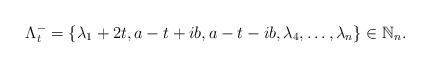
LaTeX: \begin{align*}\Lambda^{-}_{t}&=\{\lambda_{1}+2t,a-t+ib,a-t-ib,\lambda_{4},\ldots,\lambda_{n}\}\in \mathbb{N}_{n}.\end{align*}